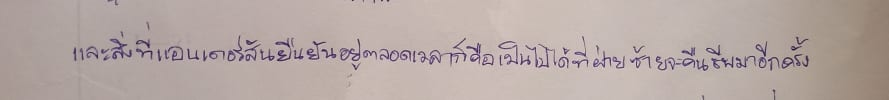
และสิ่งที่แอนเดอร์สันยืนยันอยู่ตลอดเวลาก็คือเป็นไปได้ที่ฝ่ายซ้ายจะคืนชีพมาอีกครั้ง